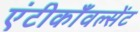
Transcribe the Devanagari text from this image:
एंटीकाँवल्सेंट